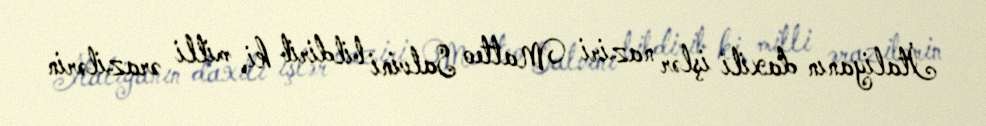
İtaliyanın daxili işlər naziri Matteo Salvini bildirib ki, milli ərazilərin